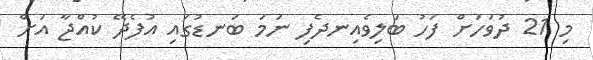
މި 21 ދުވަހަށް ފަހު ބަލިވެއިނދެފި ނަމަ ބަނޑުގައި އުފެދޭ ކުއްޖާ އަށް